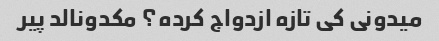
میدونی کی تازه ازدواج کرده؟ مکدونالد پیر